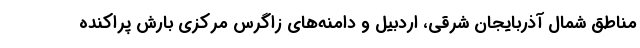
مناطق شمال آذربایجان شرقی، اردبیل و دامنه‌های زاگرس مرکزی بارش پراکنده